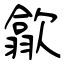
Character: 歙